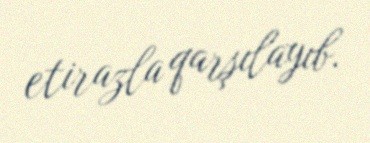
etirazla qarşılayıb.